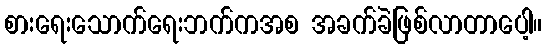
စားရေးသောက်ရေးဘက်ကအစ အခက်ခဲဖြစ်လာတာပေါ့။